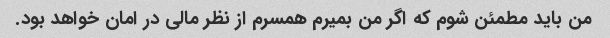
من باید مطمئن شوم که اگر من بمیرم همسرم از نظر مالی در امان خواهد بود.